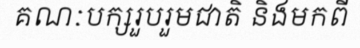
គណៈបក្សរួបរួមជាតិ និងមកពី